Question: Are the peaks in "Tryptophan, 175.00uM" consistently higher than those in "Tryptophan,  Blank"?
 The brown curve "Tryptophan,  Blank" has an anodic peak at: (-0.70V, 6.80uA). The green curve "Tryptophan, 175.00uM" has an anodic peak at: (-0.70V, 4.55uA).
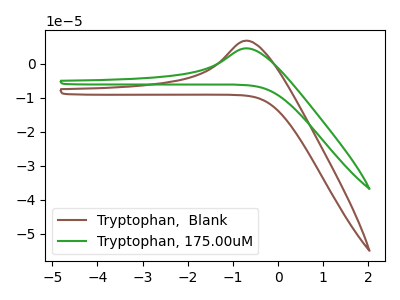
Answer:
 <answer>Every peak in "Tryptophan, 175.00uM" is lower than every peak in "Tryptophan,  Blank".</answer>
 <eval>lower</eval>